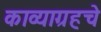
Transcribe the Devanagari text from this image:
काव्याग्रहचे